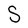
Character: S